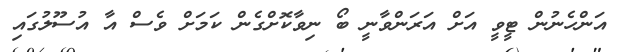
އަންހެނުން ޓީވީ އަށް އަރަންވާނީ ބޯ ނިވާކޮށްގެން ކަމަށް ވެސް އާ އުސޫލުގައި